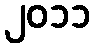
၂၀၁၁